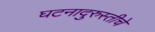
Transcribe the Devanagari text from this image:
घटनादुरुस्तीचे